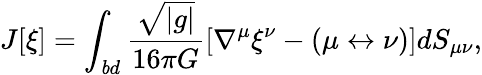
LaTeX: J[\xi]=\int_{\mathit bd}\frac{\sqrt{\left|{g}\right|}}{16\pi G}\left[\nabla^{\mu}\xi^{\nu}-(\mu\leftrightarrow\nu)\right]dS_{\mu\nu},